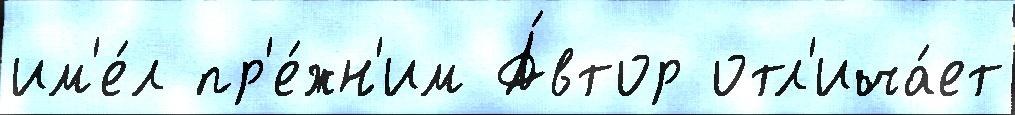
им'е́л пр'е́жн'им А́втор отл'ича́ет